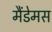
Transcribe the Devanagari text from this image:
मैंडेमस